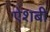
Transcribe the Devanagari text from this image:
ऐशबी